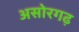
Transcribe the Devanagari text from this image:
असोरगढ़